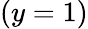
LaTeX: (y=1)